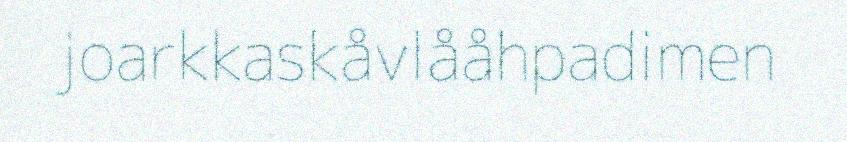
joarkkaskåvlååhpadimen